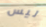
ليس